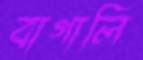
বাগালি